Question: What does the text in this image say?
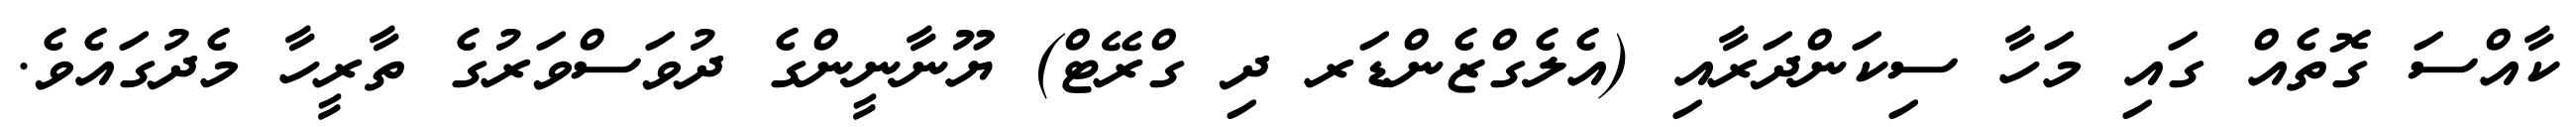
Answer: ކާއްސަ ގޮތެއް ގައި މަހާ ސިކަންދަރާއި (އެލެގްޒެންޑަރ ދި ގްރޭޓް) ޔޫނާނީންގެ ދުވަސްވަރުގެ ތާރީހާ މެދުގައެވެ.